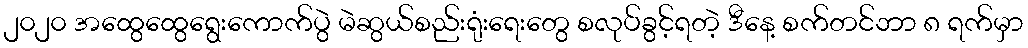
၂၀၂၀ အထွေထွေရွေးကောက်ပွဲ မဲဆွယ်စည်းရုံးရေးတွေ စလုပ်ခွင့်ရတဲ့ ဒီနေ့ စက်တင်ဘာ ၈ ရက်မှာ